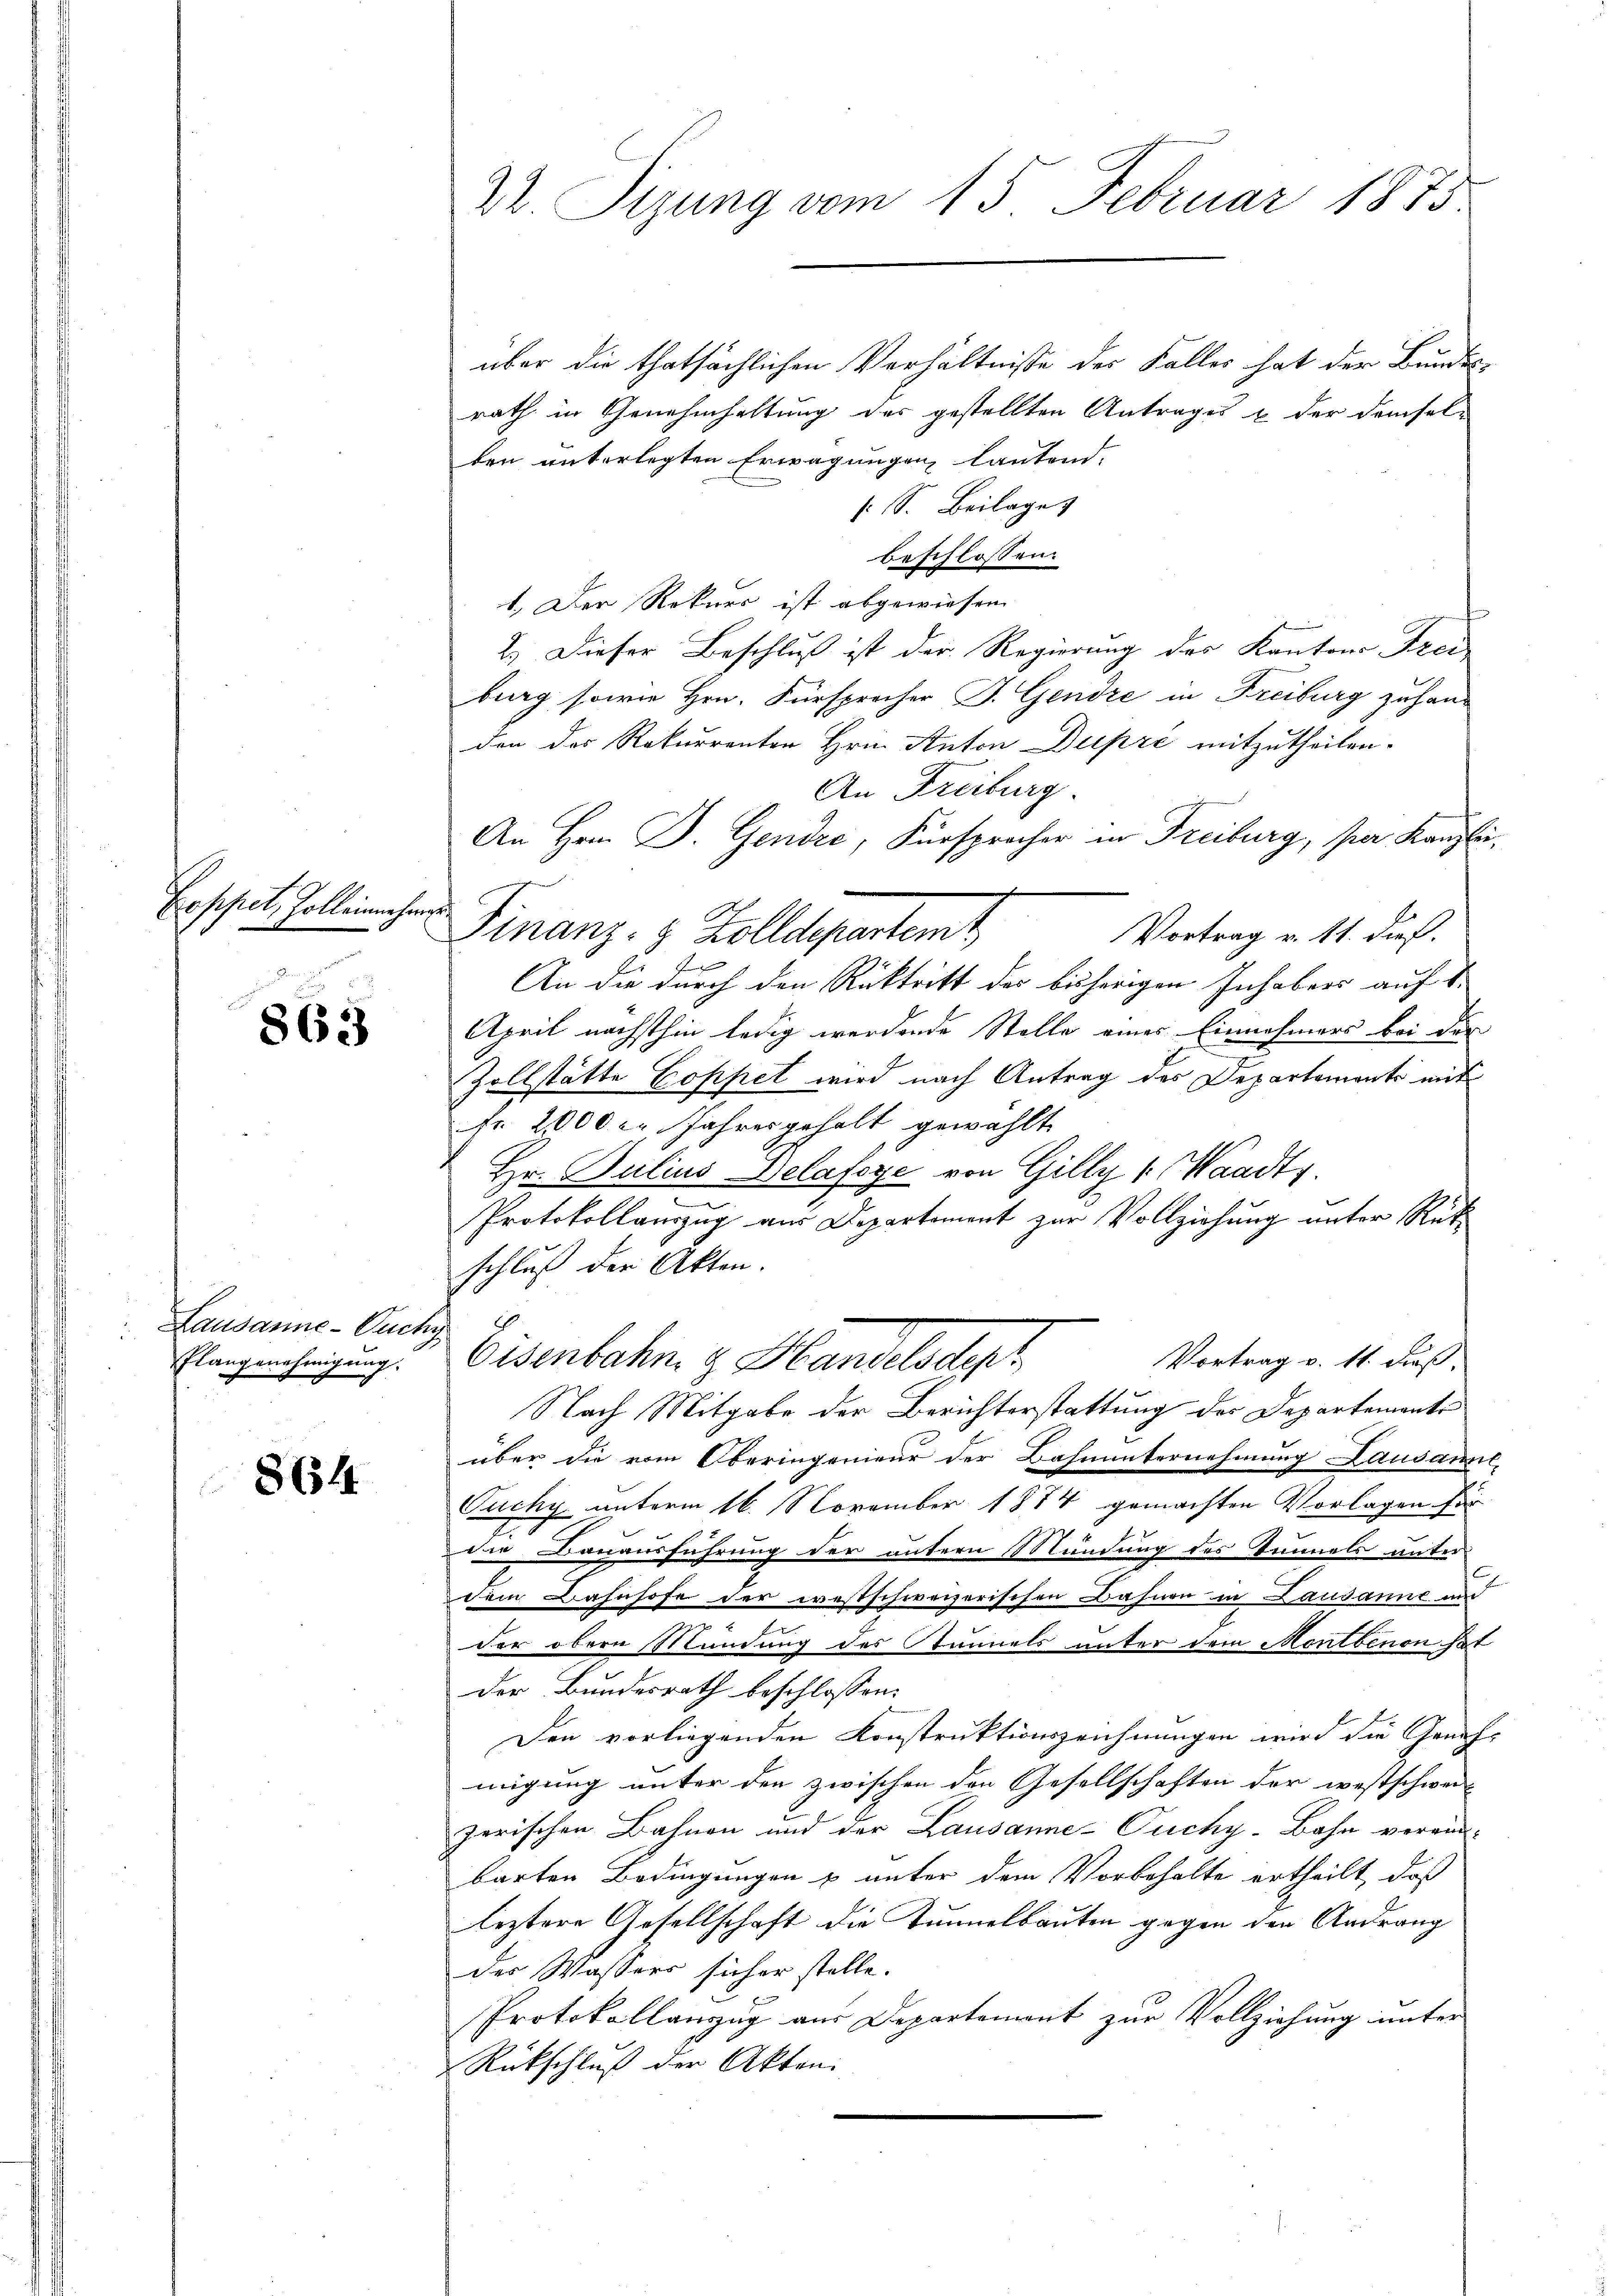
Exppet. Zoll einnehm

863

Lausanne - Ouchy
Elangenehmigung.

864

22. Sizung vom 15. Februar 1873.

2

über die thatsächlichen Verhältnisse der Falles hat der Bundesrath in Genehmhaltung der gestellten Antrages u. der demsel
ben unterlegten Erwägungen lautend.
: S. Beilage
beschlossen:
1.) Der Rekurs ist abgewiesen
2.) Dieser Beschluß ist der Regierung des Kantons Frei
burg sowie Hrn. Fürsprecher J. Gendre in Freiburg zu handen das Rekurrenten Hrn. Anton Dupre mitzutheilen.
An Freiburg.
An Hrn. B. Gendre, Fürsprocher in Freiburg, par Kanzli¬
Finanz- 8 Zolldepartem
Vortrag v. 11. dief.
F
An die durch den Rücktritt der bisherigen Inhabers auf 1.
April nächsthin ledig werdende Stelle eines Einnehmers bei der
Zollstätte Coppet wird nach Antrag des Departemente mit
Fr. 2000 l. Jahres gehalt gewählt
Hr. Julius Delafsye von Gilly v. Waadts.
Protokollauszug aus Departement zur Vollziehung unter Rükschluß der Akten.
Vortrag v. 11. dieß,
Eisenbahn, z. Handelsdept
Nach Mitgabe der Berichterstattung der Departements
über die vom Oberingenieur der Bahnunternehmung Lausamml
Cuchy unterm 16. November 1874 gemachten Vorlagen für
2
die Bauausführung der untern Mündung des Tunnels unter
dem Bahnhofe der westschweizerischen Bahnen in Lausanne und
der obern Mündung des Stunnels unter dem Montbenen hat
der Bundesrath beschlossen:
Den vorliegenden Konstruktionszeichnungen wird die Geneh-
migung unter den zwischen den Gesellschaften der westschweizerischen Bahnen und der Lausanne-Puchy-Bahn verein-
barten Bedingungen & unter dem Vorbehalte ertheilt, daß
leztere Gesellschaft die Tunnelbauten gegen den Andrang
der Wassers sicher stelle.
Protokollanzug aus Departement zur Vollziehung unter
Rückschluß der Akten.